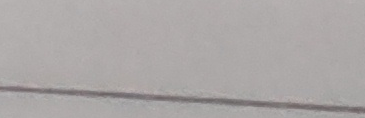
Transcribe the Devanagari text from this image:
इना